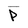
Character: P